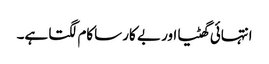
انتہائی گھٹیا اور بے کار ساکام لگتا ہے۔